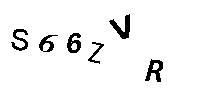
S66ZVR